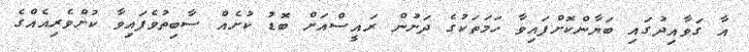
އާ ގަވާއިދުގައި ބަޔާންކޮށްފައިވާ ހަމަތަކުގެ ދަށުން ރައީސްއަށް ބޮޑު ކުށެއް ސާބިތުވެފައިވާ ކުށްވެރިއެއްގެ